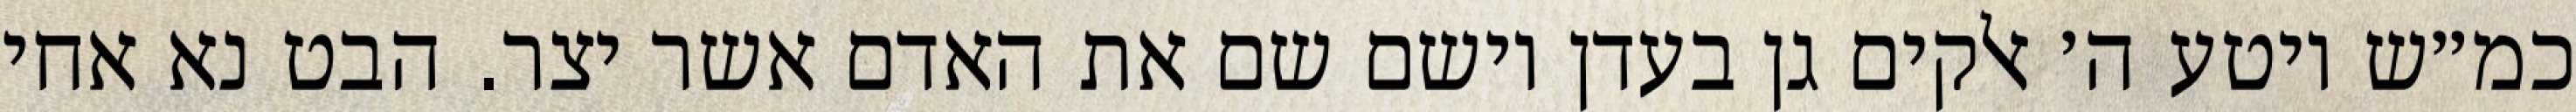
כמ״ש ויטע ה׳ אלקים גן בעדן וישם שם את האדם אשר יצר. הבט נא אחי